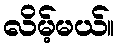
လိမ့်မယ်။